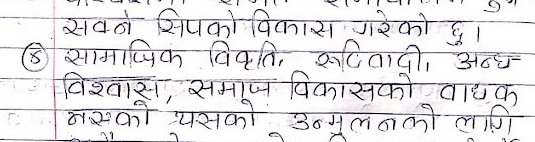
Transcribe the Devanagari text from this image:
सक्ने सिपको विकास गरेको छु ।
⑤ सामाजिक विकृति, रुदिवादी, अन्ध
विश्वास, समाज विकासको वाधक
नएको यसको उन्मूलनको लागि